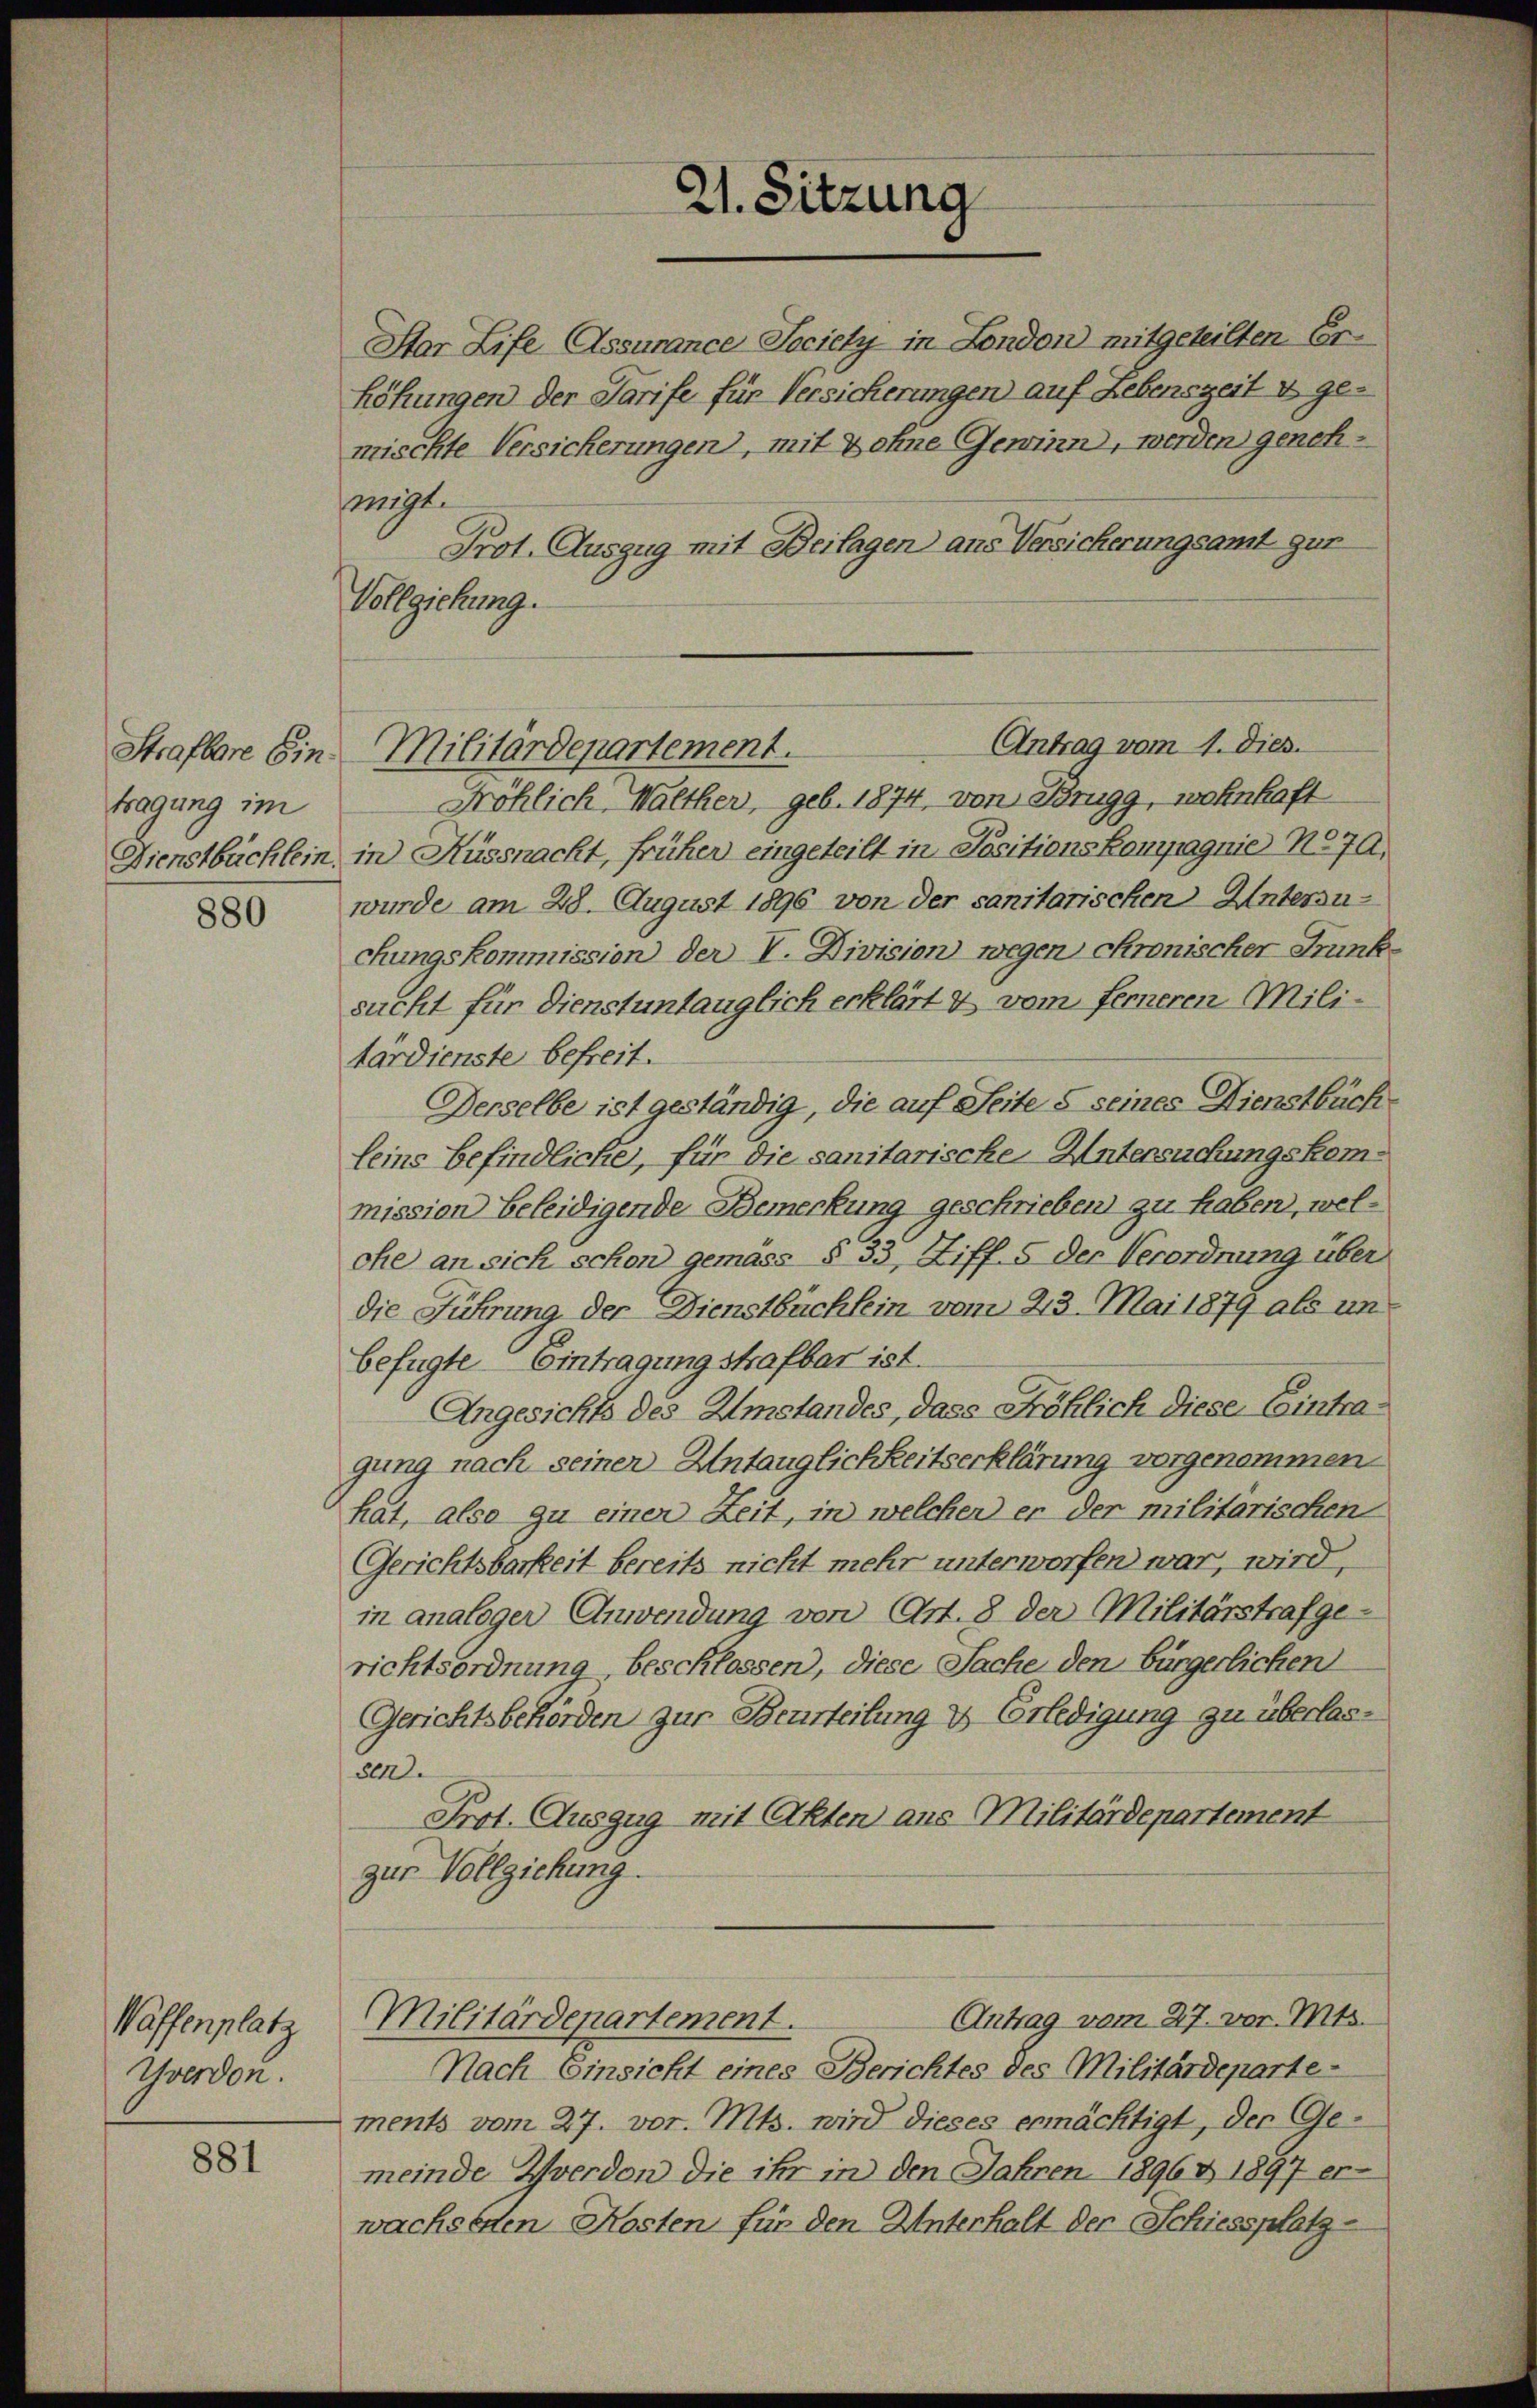
Strafbare Ein
tragung im
Dienstbuchlein.

880

Waffenplat.
Yverdon.

881

21. Sitzung

mischte Versicherungen), mit ohne Gewinn, werden genehmigt.
Prot. Auszug mit Beilagen aus Versicherungsamt gur
Vollziehung.
Fröhlich, Walther, geb. 1874, von Brugg, wohnhaft
in Küssnacht, früher eingeteilt in Positionskompagnie No 70,
wurde am 28. August 1896 von der sanitarischen Untersuchungskommission der V. Division wegen chronischer Trunksucht für dienstuntauglich erklärt & vom ferneren Militärdienste befreit.
Derselbe ist geständig, die auf Seite 5 seines Dienstbüch
leine befindliche, für die sanitarische Untersuchungskommission beleidigende Bemerkung geschrieben zu haben, welche an sich schon gemäss § 33, Ziff. 5 der Verordnung über
die Führung der Dienstbüchlein vom 23. Mai 1879 als unbefügte Eintragung strafbar ist.
Angesichts des Umstandes, dass Fröhlich diese Eintragung nach seiner Untauglichkeitserklärung vorgenommen.
hat, also zu einer Zeit, in welcher er der militarischen
Gerichtsbarkeit bereits nicht mehr unterworfen war, wird,
in analoger Anwendung von Art. 8 der Militärstrafgerichtsordnung beschlossen, diese Sache den bürgerlichen
Gerichtsbehörden zur Beurteilung & Erledigung zu überlas¬
800.
Prot. Auszug mit (Akten aus Militärdepartement
zur Vollziehung.
Antrag vom 27. vor. Mts.
Militärdepartement.
Nach Einsicht eines Berichtes des Militärdeparte-
ments vom 27. vor. Mts. wird dieses ermächtigt, der Gemeinde Werden die ihr in den Jahren 1896 & 1897 er-
wachsenen Kosten für den Unterhalt der Schiessplatz¬

Star Life-Assurance Society in London mitgeteilten Erhöhungen der Tarife für Versicherungen auf Lebenszeit & ge¬

Antrag vom 1. Dies.
Militardepartement.